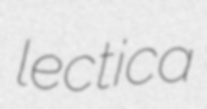
lectica